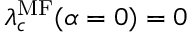
\lambda _ { c } ^ { \mathrm { M F } } ( \alpha = 0 ) = 0